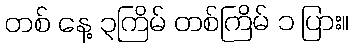
တစ် နေ့ ၃ကြိမ် တစ်ကြိမ် ၁ ပြား။